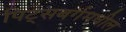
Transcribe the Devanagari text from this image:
पिट्सबर्गमधील